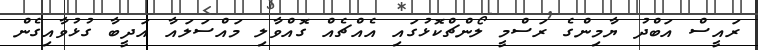
ރައީސް އަބްދު ޔާމިންގެ ރަސްމީ ލޯންޗްކޮޅުގައި އެއްޗެއް ގޮއްވާލި މައްސަލައާ އަދީބާ ގުޅުވާއިގެން